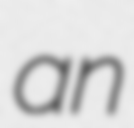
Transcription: an